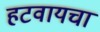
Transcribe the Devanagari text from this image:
हटवायचा